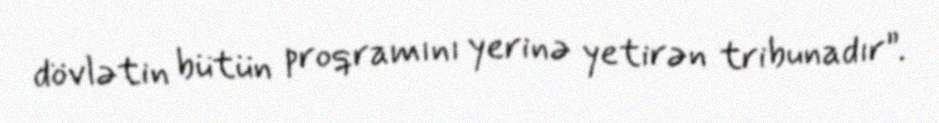
dövlətin bütün proqramını yerinə yetirən tribunadır”.